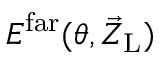
E ^ { \mathrm { f a r } } ( \theta , \vec { Z } _ { \mathrm { L } } )